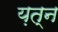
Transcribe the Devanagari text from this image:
य़त्न